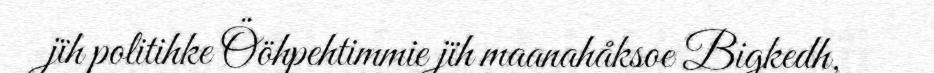
jïh politihke Ööhpehtimmie jïh maanahåksoe Bigkedh,